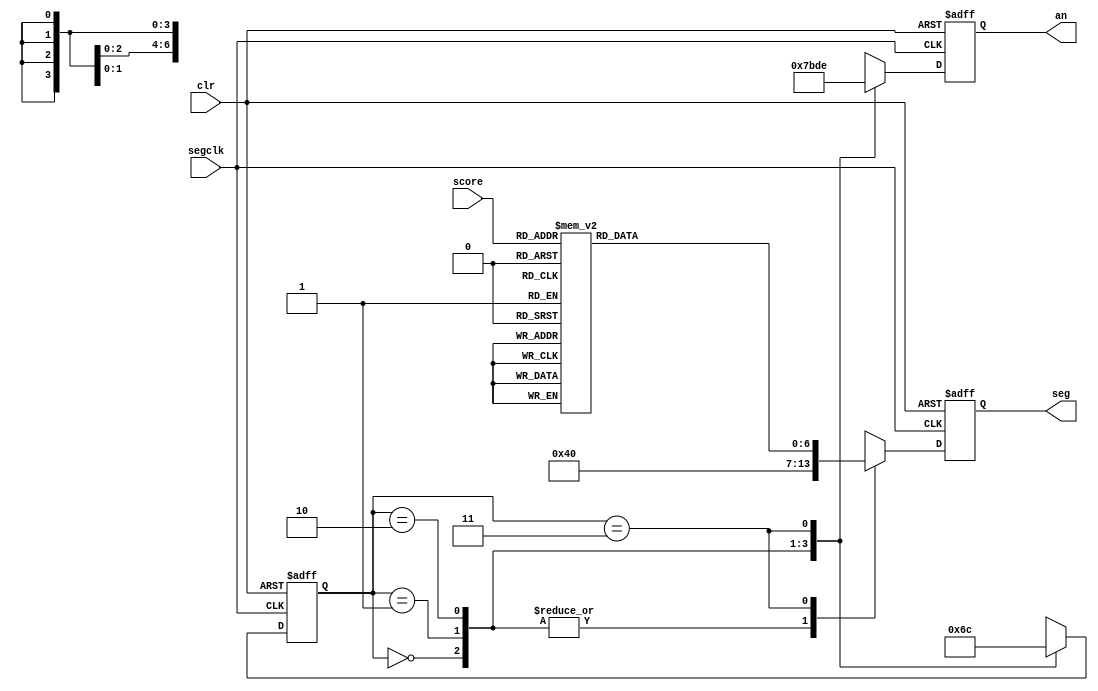
`timescale 1ns / 1ps

//////////////////////////////////////////////////////////////////////////////////
module segdisplay(
	input wire [3:0] score,
	input wire segclk,		//7-segment clock
	input wire clr,			//asynchronous reset
	output reg [6:0] seg,	//7-segment display LEDs
	output reg [3:0] an		//7-segment display anode enable
	);

// constants for displaying letters on display
reg [6:0] segments;

// Finite State Machine (FSM) states
parameter left = 2'b00;
parameter midleft = 2'b01;
parameter midright = 2'b10;
parameter right = 2'b11;

// state register
reg [1:0] state;

// FSM which cycles though every digit of the display every 2.62ms.
// This should be fast enough to trick our eyes into seeing that
// all four digits are on display at the same time.
	always @ (*)
			case(score)
				4'd0: segments = 7'b1000000;
				4'd1: segments = 7'b1111001;
				4'd2: segments = 7'b0100100;
				4'd3: segments = 7'b0110000;
				4'd4: segments = 7'b0011001;
				4'd5: segments = 7'b0010010;
				4'd6: segments = 7'b0000010;
				4'd7: segments = 7'b1111000;
				4'd8: segments = 7'b0000000;
				4'd9: segments = 7'b0010000;
				4'd10: segments = 7'b0001000;
				4'd11: segments = 7'b0000011;
				4'd12: segments = 7'b1000110;
				4'd13: segments = 7'b0100001;
				4'd14: segments = 7'b0000110;
				4'd15: segments = 7'b0001110;
				default: segments = 7'b1111111;
			endcase
			
always @(posedge segclk or posedge clr)
begin
	// reset condition
	if (clr == 1)
	begin
		seg <= 7'b1111111;
		an <= 7'b1111;
		state <= left;
	end
	// display the character for the current position
	// and then move to the next state
	else

	begin
		case(state)
			left:
			begin
				seg <= 7'b1000000;
				an <= 4'b0111;
				state <= midleft;
			end
			midleft:
			begin
				seg <= 7'b1000000;
				an <= 4'b1011;
				state <= midright;
			end
			midright:
			begin
				seg <= 7'b1000000;
				an <= 4'b1101;
				state <= right;
			end
			right:
			begin
				seg <= segments;
				an <= 4'b1110;
				state <= left;
			end
		endcase
	end
end

endmodule